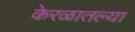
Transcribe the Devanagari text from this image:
केरळातल्या